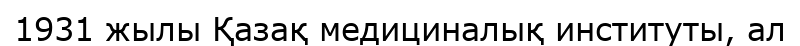
1931 жылы Қазақ медициналық институты, ал